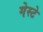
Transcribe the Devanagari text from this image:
गेस्टे